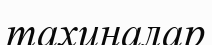
тахиналар